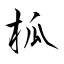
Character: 柧